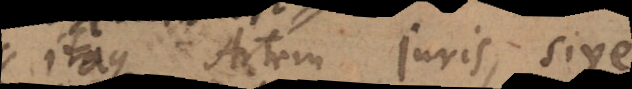
itaque Artem juris, sive